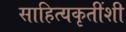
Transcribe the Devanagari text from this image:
साहित्यकृतींशी